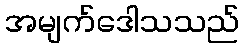
အမျက်ဒေါသသည်